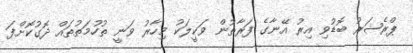
ޕްރެޝަރު ބޮޑުވި އިރު އޭނާގެ ފަރާތުން ވަކީލަކު މިހާރު ވަނީ ތުހުމަތުތައް ދޮގުކޮށްފަ